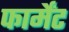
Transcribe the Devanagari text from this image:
फार्मेंट